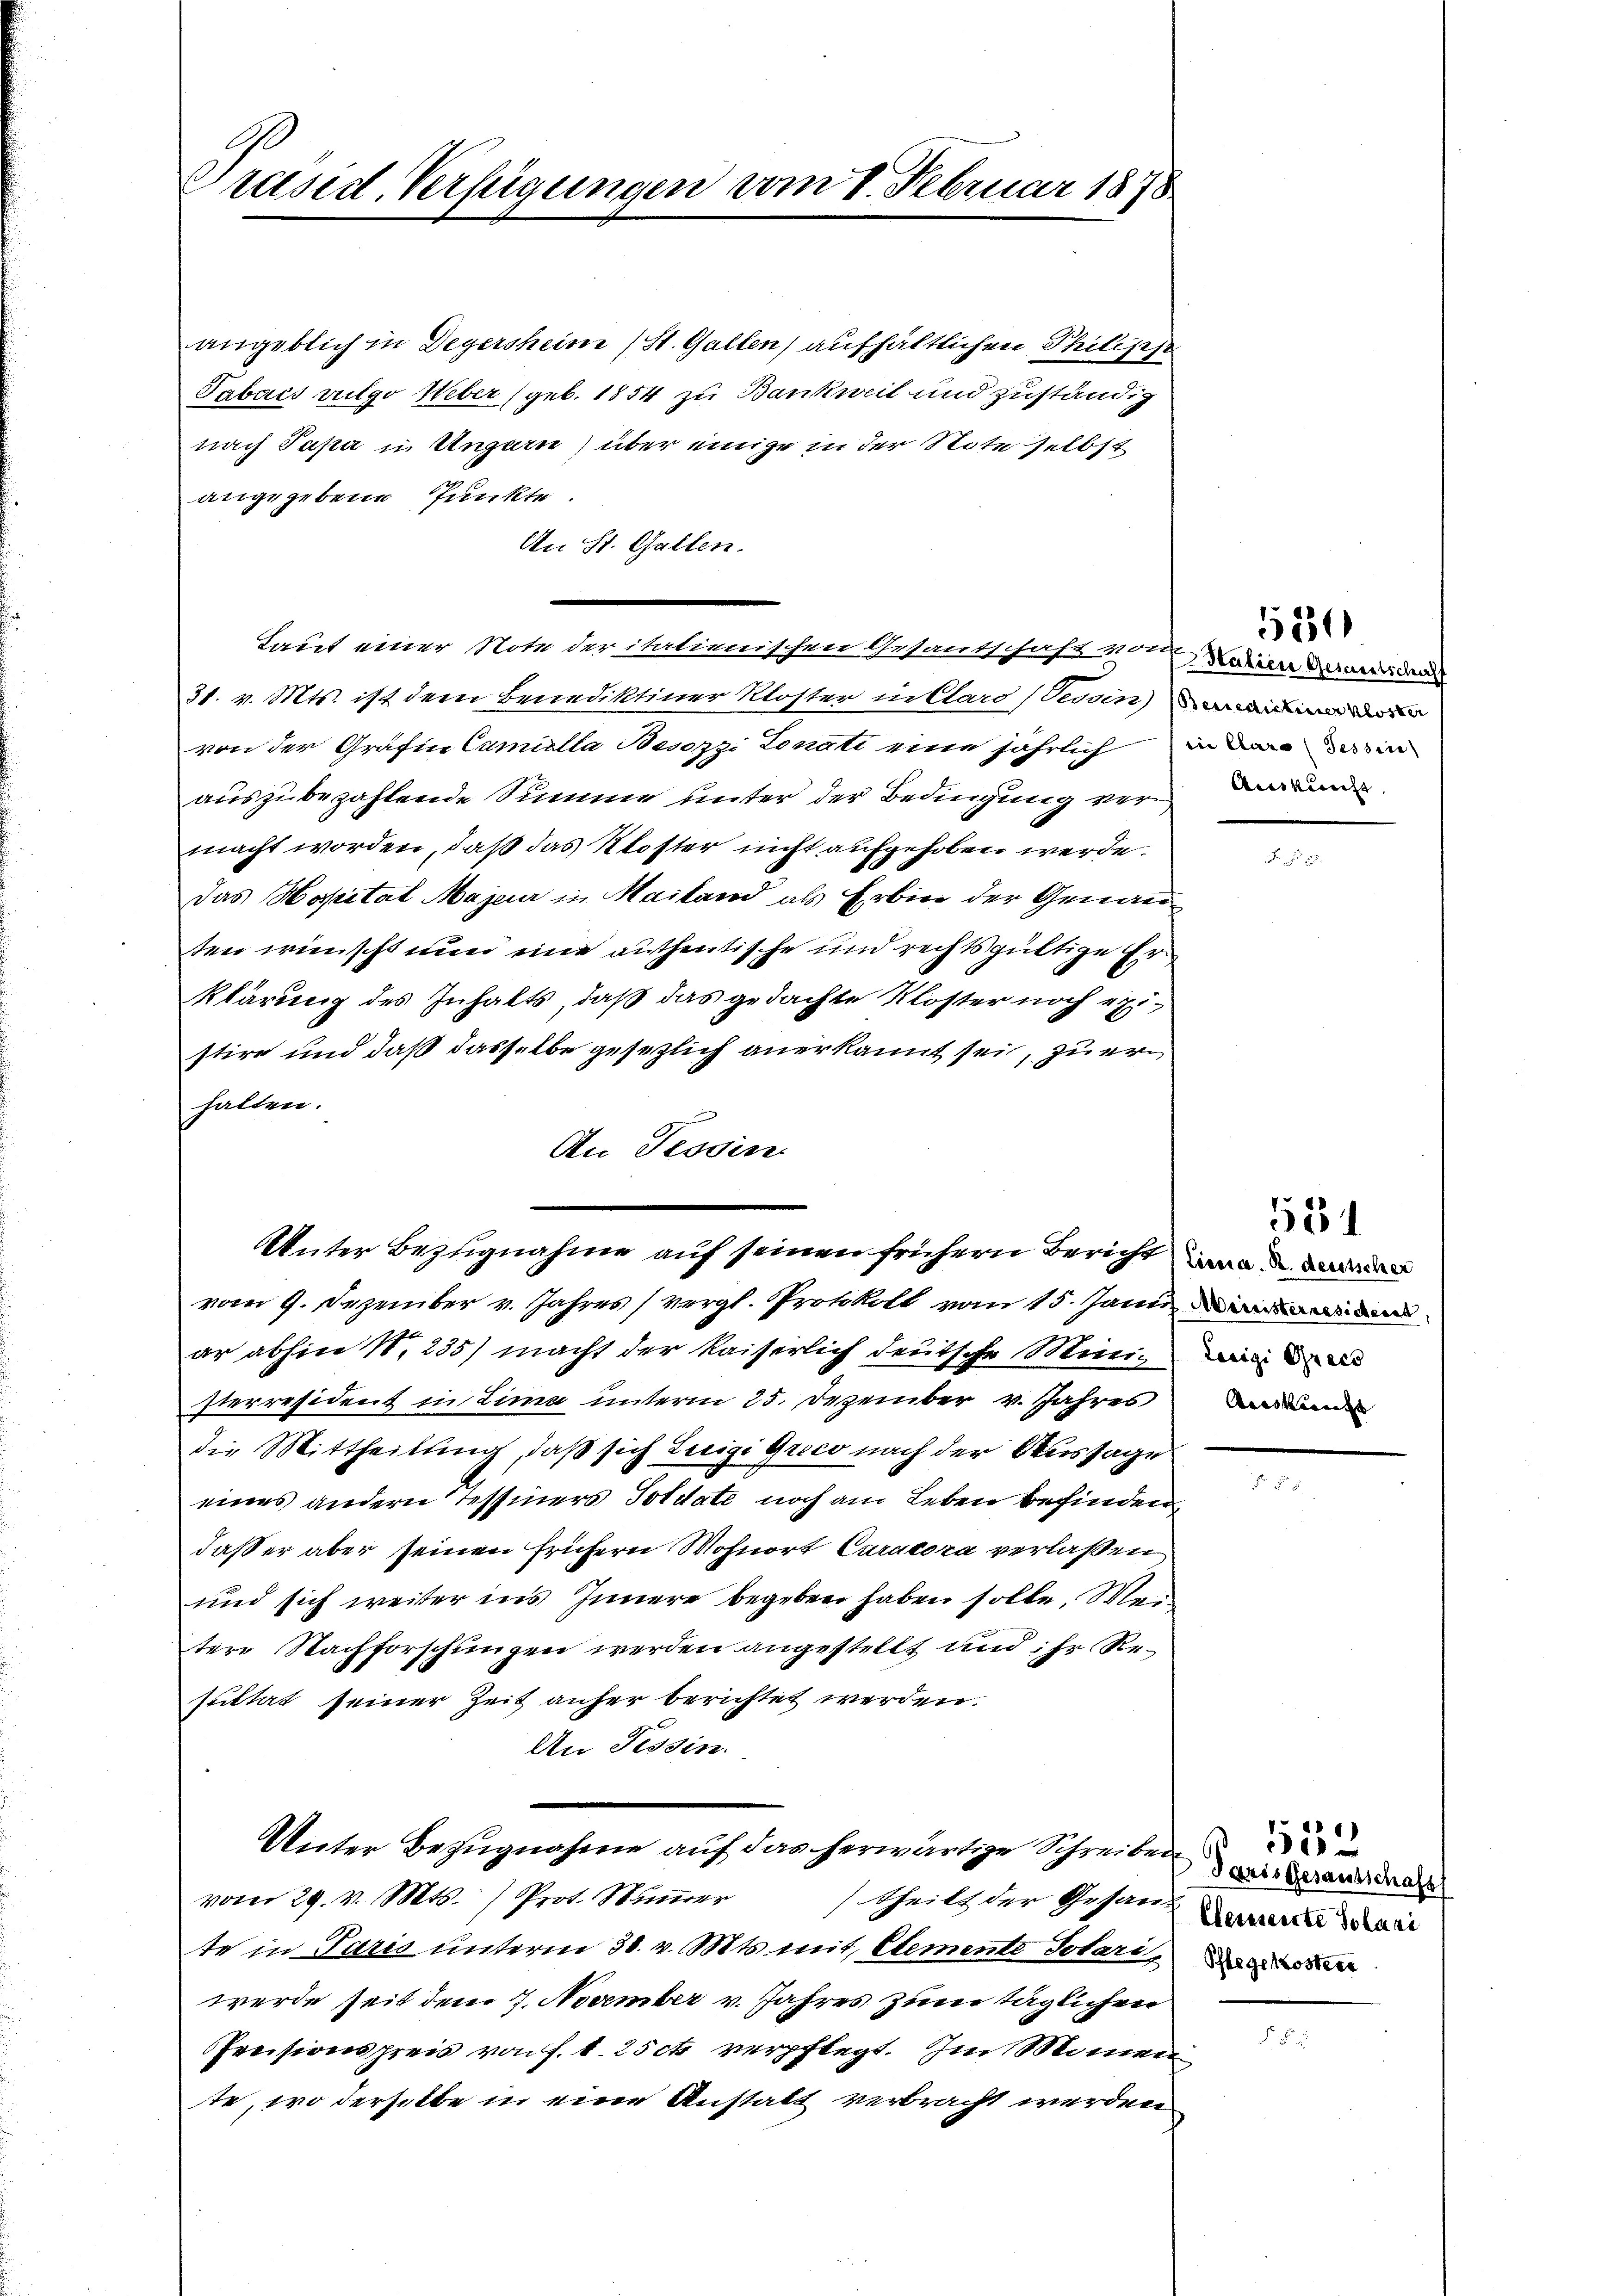
Präsid. Verfügungen vom 1. Februar 1878.

angeblich in Degersheim (St. Gallen) aufhältlichen Philipp
Tabacs vulgo Weber (geb. 1854 zu Bankweit und zuständig
nach Papa u Ungern) über einige in der Note selbst
angegebene Punkte
An St. Gallen.
|
Laut einer Note der italienischen Gesandschaft vom Rainen den
31. v. Mts. ist dem Benediktiner Kloster in Clard (Tessini
von der Grafin Camiella Besozzi Lonati eine jährlich in den ein
auszubezahlende Summe unter der Bedingung verwande
macht worden, daß das Kloster nicht aufgehoben werde.
.
Das Hospital Majer in Mailand als Erbin der Genau
ten wünscht nun eine authentische und rechtsgültige Er¬
Klärung des Inhalts, daß das gedachte Kloster noch existire und daß dasselbe gesezlich anerkannt sei, zu erhalten.
An Tessin
vom 9. Dezember v. Jahres (vergl. Protokoll vom 15. Jann, und
er abhin 1. 235) macht der kaiserlich deutsche Ministerresident in Lina unterm 25. Dezember v. Jahres
die Mittheilung, daß sich Luigi grico nach der Aussage
eines andern Tessiners Soldate noch am Leben befinden
daß er aber seinen frühern Wohnort Caracora verlaßen
und sich weiter ins Innere begeben haben solle, Metere Nachforschungen werden angestellt und ihr Resultat seiner Zeit anher berichtet werden.
An Tessin.
Unter Bezugnahme auf das herwärtige Schreiben
vom 29. v. Mts. ) Prot. Numer
theils der Gesang desserte Solari
te in Paris unterm 30. v. Mts. mit, Elemente Totari d
werde seit dem 7. November v. Jahres zum täglichen
Pensionspreis von f. 1. 25ck verpflegt. Im Momen
te, wo derselbe in eine Anstatt verbracht werden

Unter Bezugnahme auf seinen frühern Bericht war

520

Ainskünft

2

Paris Gesantschafts

552